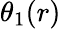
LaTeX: \theta_{1}(r)